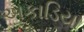
અકાડિયા